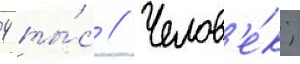
4 ты́с // Челов'е́к;